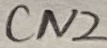
Text: CN2